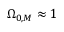
\Omega _ { 0 , M } \approx 1